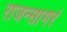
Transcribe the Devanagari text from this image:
राजन्सागरं